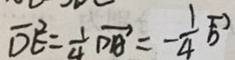
\overrightarrow { D E } = \frac { 1 } { 4 } \overrightarrow { D A } = - \frac { 1 } { 4 } ( \frac { 1 } { \overrightarrow { b } } )